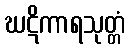
ဃဋိကာရသုတ္တံ